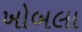
ખોબલા